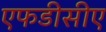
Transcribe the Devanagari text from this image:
एफडीसीए